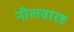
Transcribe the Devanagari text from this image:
नीलवारह